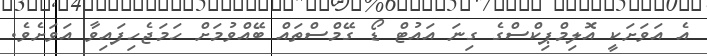
އެ އަވަށަކީ އޮލިމްޕިކްސްގެ ގިނަ އައުޓް ޑޯ ގޭމްސްތައް ބޭއްވުމަށް ހަމަޖެހިފައިވާ އަވަށެވެ.